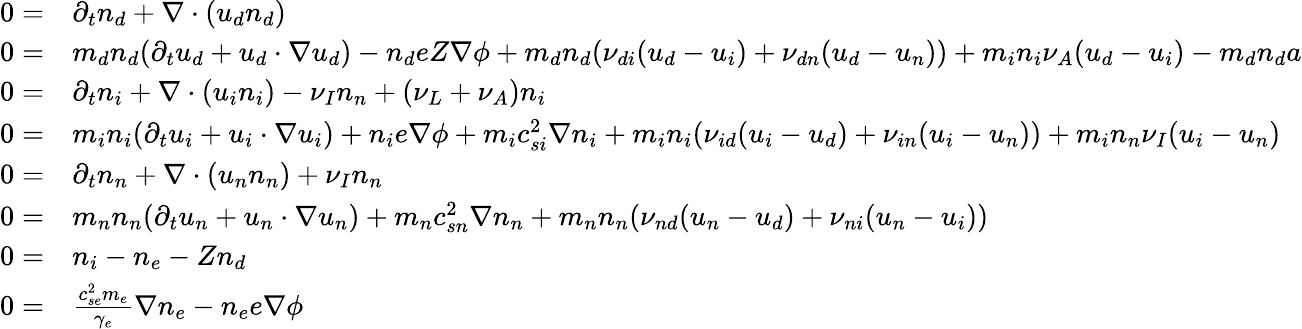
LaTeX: \begin{array}{rl}{0=}&{\partial_{t}{n_{d}}+\nabla\cdot({u_{d}}{n_{d}})}\\ {0=}&{m_{d}{n_{d}}(\partial_{t}{u_{d}}+{u_{d}}\cdot\nabla{u_{d}})-{n_{d}}eZ\nabla\phi+m_{d}{n_{d}}({\nu_{di}}({u_{d}}-{u_{i}})+{\nu_{dn}}({u_{d}}-{u_{n}}))+m_{i}{n_{i}}{\nu_{A}}({u_{d}}-{u_{i}})-m_{d}{n_{d}}a}\\ {0=}&{\partial_{t}{n_{i}}+\nabla\cdot({u_{i}}{n_{i}})-{\nu_{I}}{n_{n}}+({\nu_{L}}+{\nu_{A}}){n_{i}}}\\ {0=}&{m_{i}{n_{i}}(\partial_{t}{u_{i}}+{u_{i}}\cdot\nabla{u_{i}})+{n_{i}}e\nabla\phi+m_{i}c_{si}^{2}\nabla{n_{i}}+m_{i}{n_{i}}({\nu_{id}}({u_{i}}-{u_{d}})+{\nu_{in}}({u_{i}}-{u_{n}}))+m_{i}{n_{n}}{\nu_{I}}({u_{i}}-{u_{n}})}\\ {0=}&{\partial_{t}{n_{n}}+\nabla\cdot({u_{n}}{n_{n}})+{\nu_{I}}{n_{n}}}\\ {0=}&{m_{n}{n_{n}}(\partial_{t}{u_{n}}+{u_{n}}\cdot\nabla{u_{n}})+m_{n}c_{sn}^{2}\nabla{n_{n}}+m_{n}{n_{n}}({\nu_{nd}}({u_{n}}-{u_{d}})+{\nu_{ni}}({u_{n}}-{u_{i}}))}\\ {0=}&{{n_{i}}-n_{e}-Z{n_{d}}}\\ {0=}&{\frac{c_{se}^{2}m_{e}}{\gamma_{e}}\nabla n_{e}-n_{e}e\nabla\phi}\end{array}